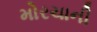
મોરચાની